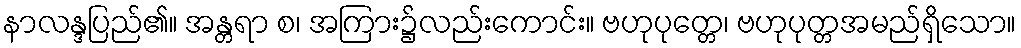
နာလန္ဒပြည်၏။ အန္တရာ စ၊ အကြား၌လည်းကောင်း။ ဗဟုပုတ္တေ၊ ဗဟုပုတ္တအမည်ရှိသော။